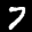
Label: 7